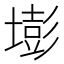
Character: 𡐶